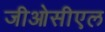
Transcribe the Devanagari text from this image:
जीओसीएल